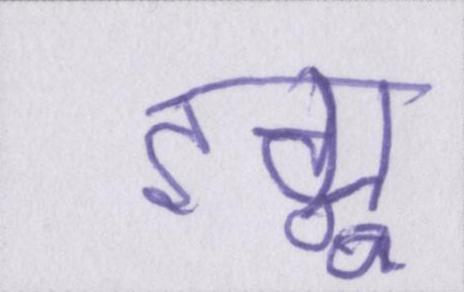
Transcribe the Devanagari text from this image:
इग्नू